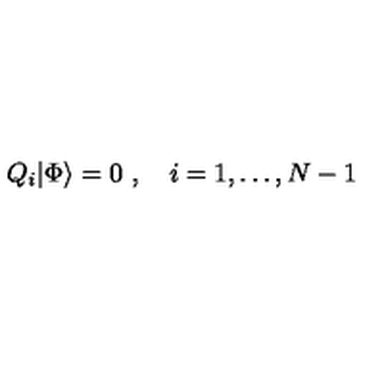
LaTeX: Q _ { i } | \Phi \rangle = 0 \ , \quad i = 1 , \ldots , N - 1